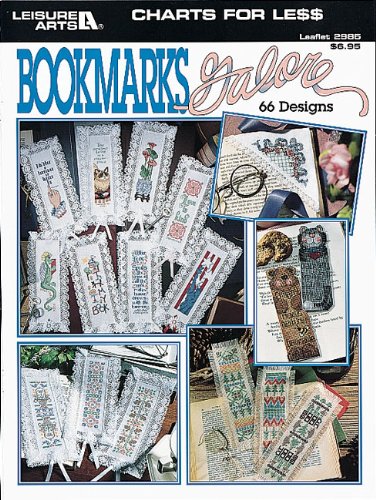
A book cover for Charts For Less -- Bookmarks Galore  (Leisure Arts #2985); Leisure Arts; Crafts, Hobbies & Home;